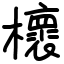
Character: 櫰